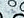
جبانا